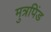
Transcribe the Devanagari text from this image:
मुत्रपिंड